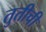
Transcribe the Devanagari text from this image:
तुतीची